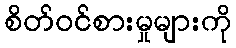
စိတ်ဝင်စားမှုများကို